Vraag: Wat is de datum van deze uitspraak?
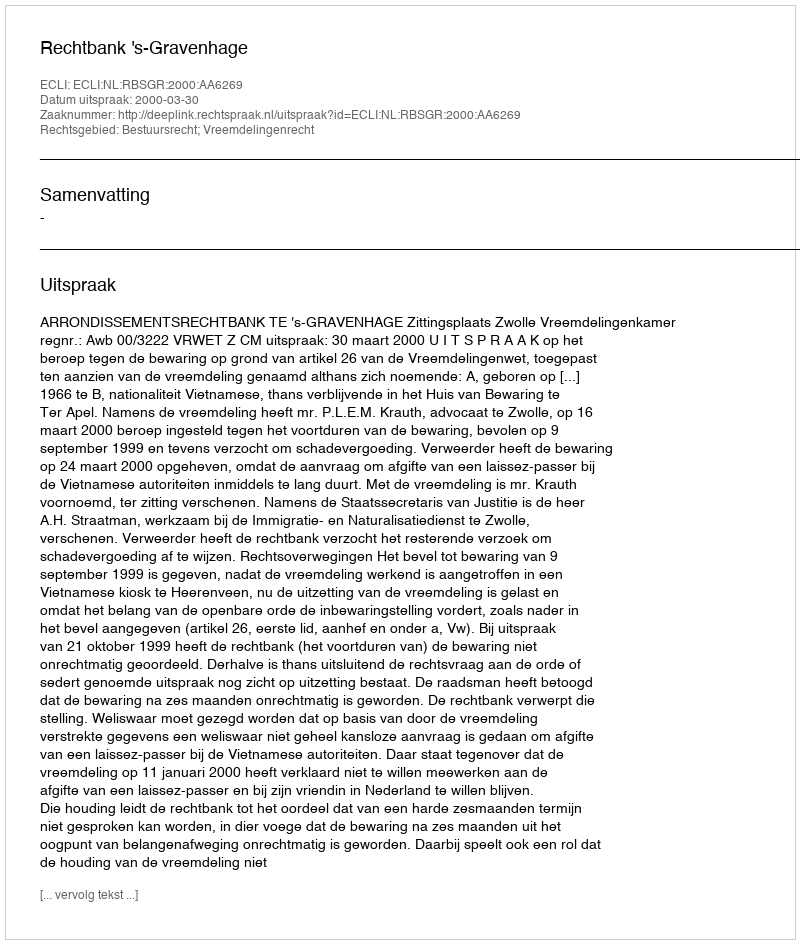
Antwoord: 2000-03-30